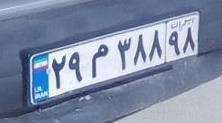
۲۹م۳۸۸۹۸